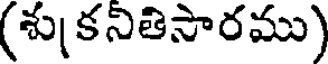
(శు కనితిసారము)